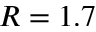
R = 1 . 7